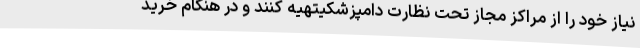
نیاز خود را از مراکز مجاز تحت نظارت دامپزشکیتهیه کنند و در هنگام خرید